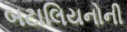
બટાલિયનોની